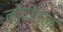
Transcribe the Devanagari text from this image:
नोंदींतून